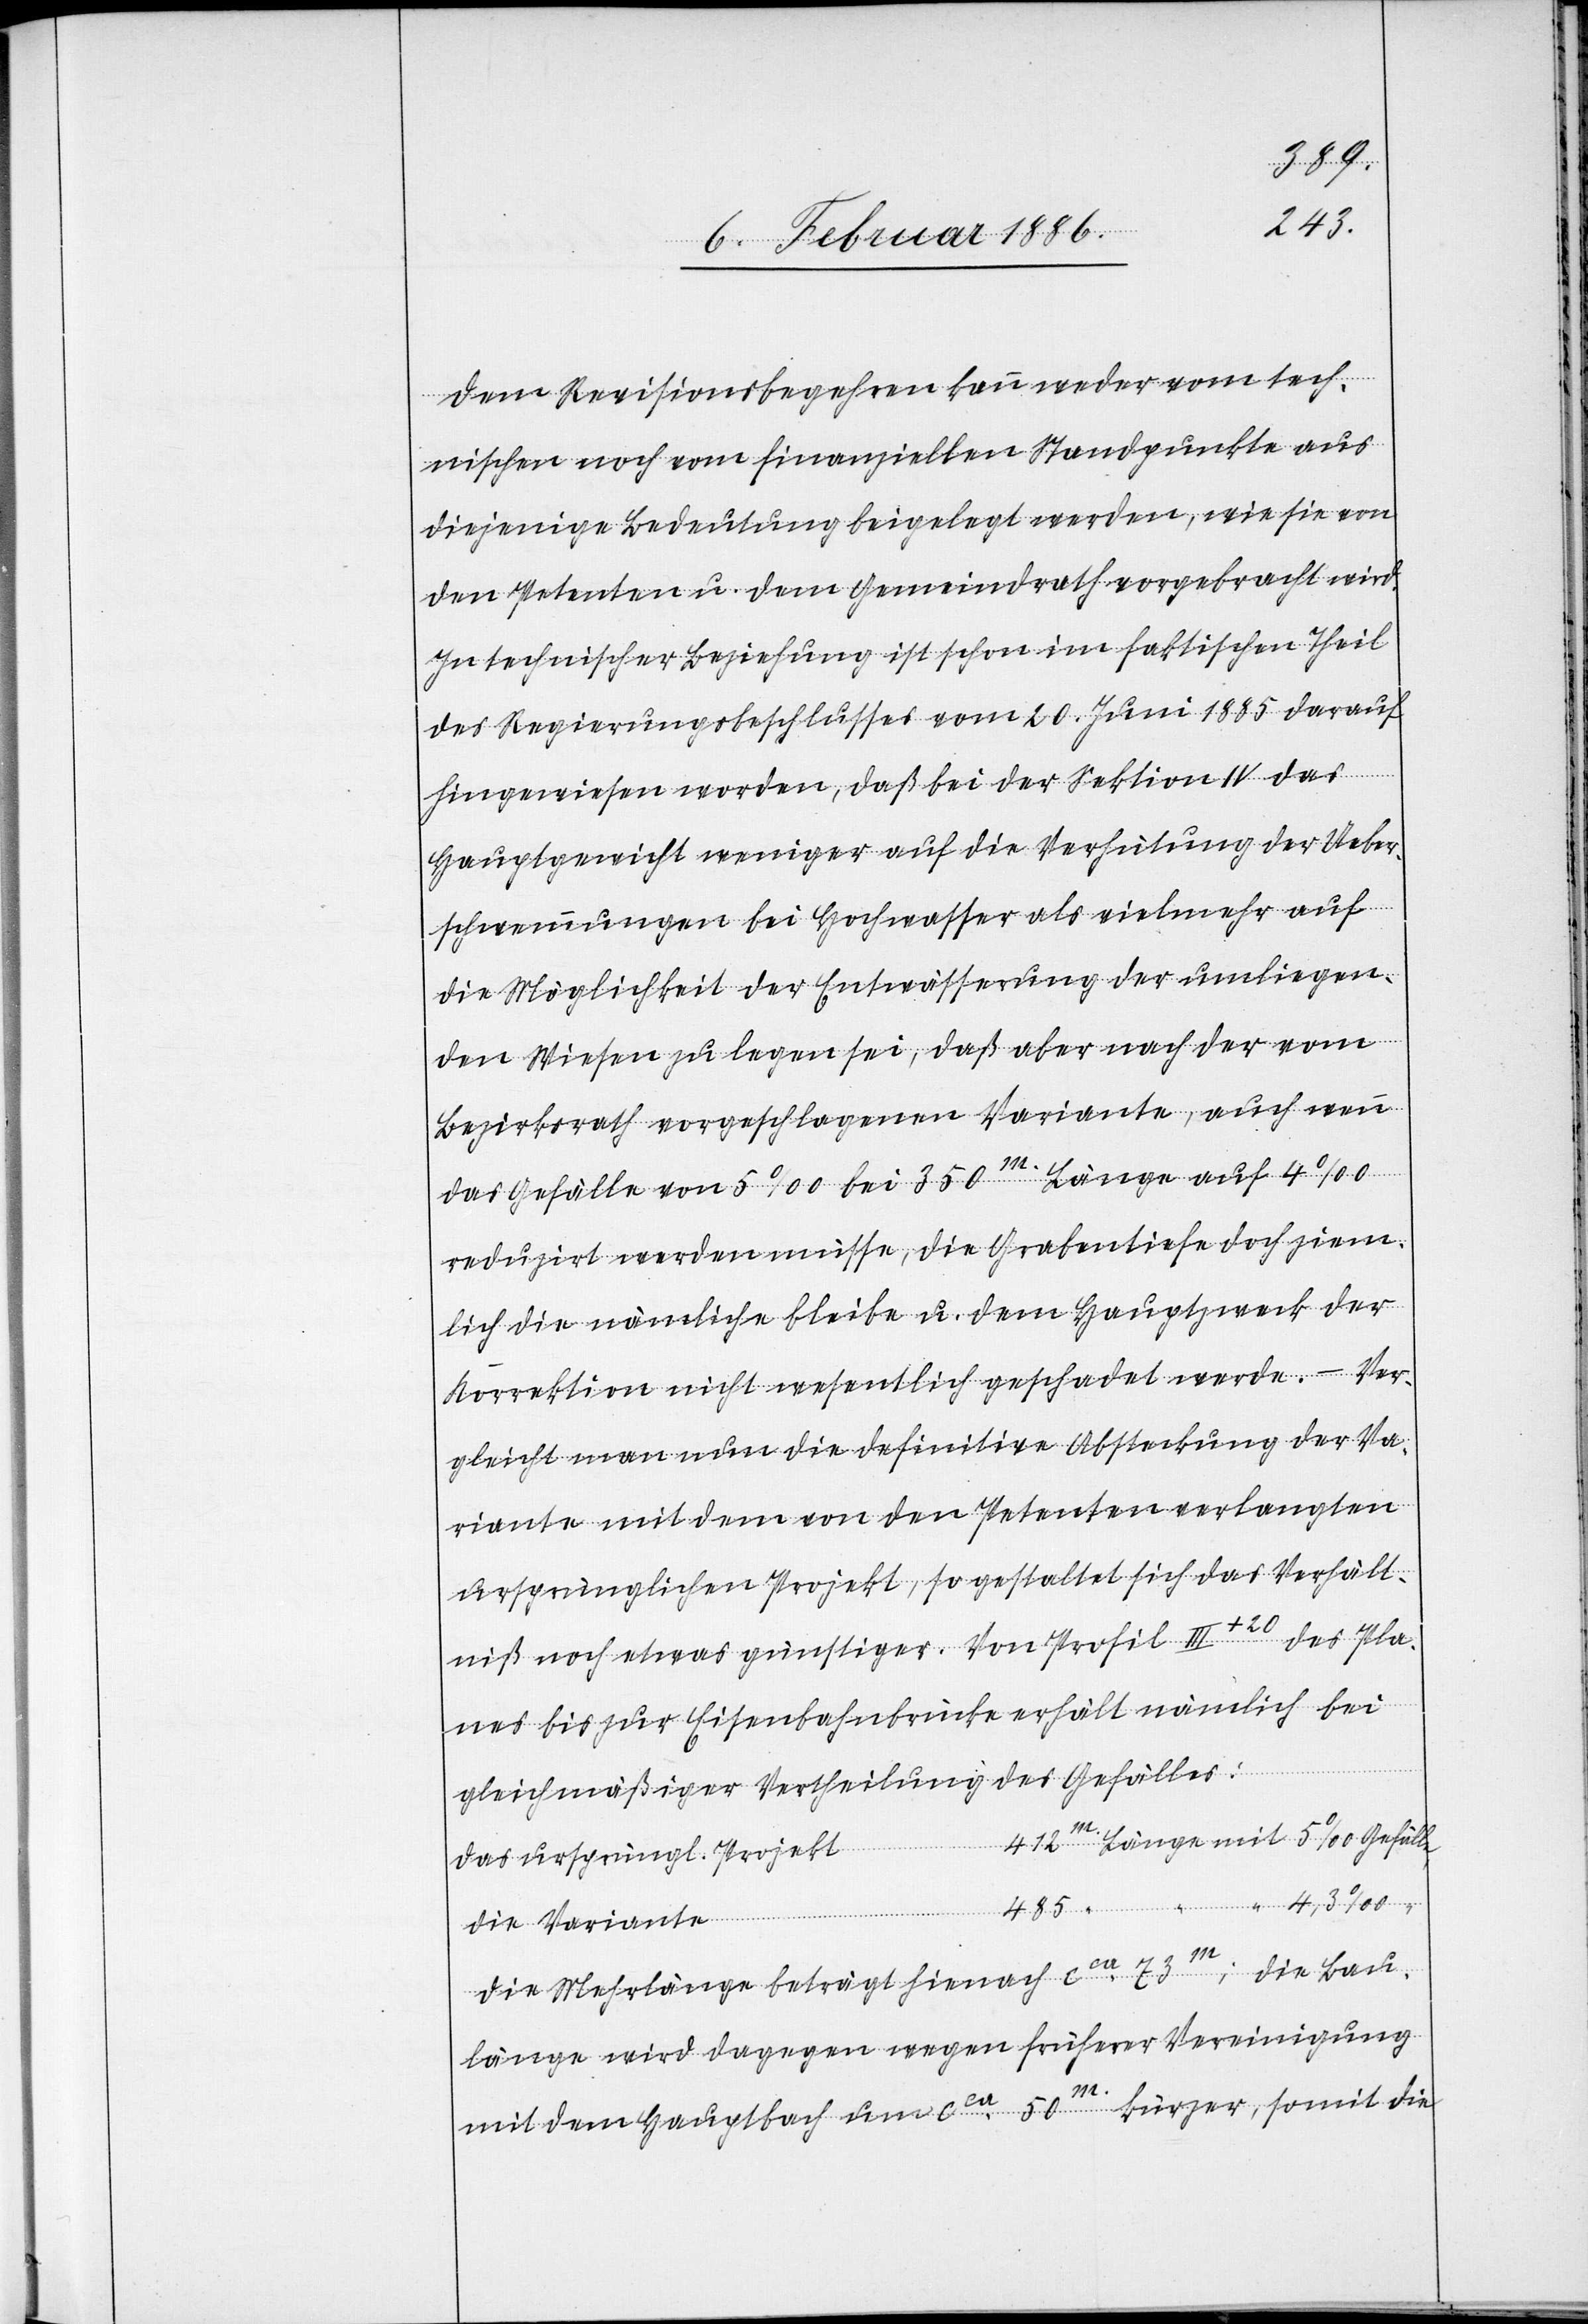
Dem Revisionsbegehren kann weder vom tech¬
nischen noch vom finanziellen Standpunkte aus
diejenige Bedeutung beigelegt werden, wie sie von
den Petenten u. dem Gemeindrath vorgebracht wird.
In technischer Beziehung ist schon im faktischen Theil
des Regierungsbeschlusses vom 20 Juni 1885 darauf
hingewiesen worden, daß bei der Sektion IV das
Hauptgewicht weniger auf die Verhütung der Ueber¬
schwemmungen bei Hochwasser als vielmehr auf
die Möglichkeit der Entwässerung der umliegen¬
den Wiesen zu legen sei, daß aber nach der vom
Bezirksrath vorgeschlagenen Variante, auch wenn
das Gefälle von 5‰ bei 350m. Länge auf 4‰
reduziert werden müsse, die Grabentiefe doch ziem¬
lich die nämliche bleibe u. dem Hautzweck der
Korrektion nicht wesentlich geschadet werde. – Ver¬
gleicht man nun die definitive Absteckung der Va¬
riante mit dem von den Petenten verlangten
ursprünglichen Projekt, so gestaltet sich das Verhält¬
niß noch etwas günstiger. Von Profil III+20 des Pla¬
nes bis zur Eisenbahnbrücke erhält nämlich bei
gleichmäßiger Vertheilung des Gefälls:
412m. Länge mit 5‰ Gefälle,
Das ursprüngl. Projekt
die Variante
die Mehrlänge beträgt hienach cca 73m.; die Bau¬
länge wird dagegen wegen früherer Vereinigung
mit dem Hauptbach um cca 50m. kürzer, somit die